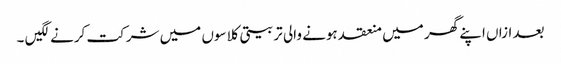
بعد ازاں اپنے گھر میں منعقد ہونے والی تربیتی کلاسوں میں شرکت کرنے لگیں ۔